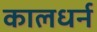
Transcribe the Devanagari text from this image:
कालधर्न